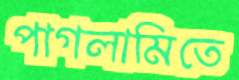
পাগলামিতে